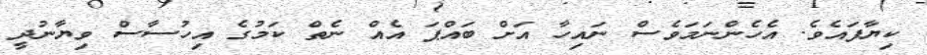
ކިޔާފައެވެ. އެހެންނަމަވެސް ނައިހާ އަށް ބައްޕަ އެއް ނެތް ކަމުގެ އިހުސާސް ވިޔާނުދީ